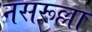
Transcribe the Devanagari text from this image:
नसरूल्ला